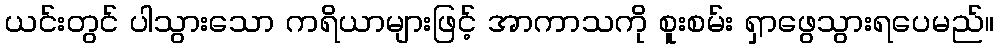
ယင်းတွင် ပါသွားသော ကရိယာများဖြင့် အာကာသကို စူးစမ်း ရှာဖွေသွားရပေမည်။